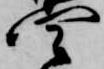
四